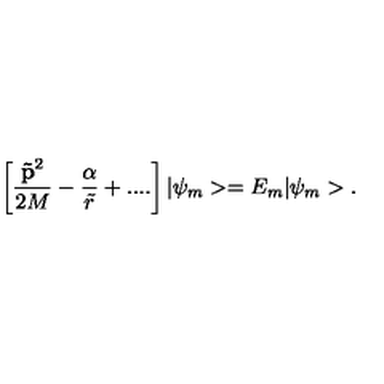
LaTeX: \left[ \frac { { \bf \tilde { p } } ^ { 2 } } { 2 M } - \frac \alpha { \tilde { r } } + . . . . \right] | \psi _ { m } > = E _ { m } | \psi _ { m } > .